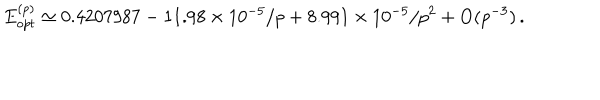
LaTeX: E _ { o p t } ^ { ( p ) } \simeq 0 . 4 2 0 7 9 8 7 - 1 1 . 9 8 \times 1 0 ^ { - 5 } / p + 8 . 9 9 1 \times 1 0 ^ { - 5 } / p ^ { 2 } + \mathrm { O } ( p ^ { - 3 } ) \, .